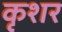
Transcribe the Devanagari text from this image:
कृशर